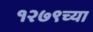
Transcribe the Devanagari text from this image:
१२७९च्या